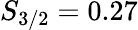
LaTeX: S_{3/2}=0.27